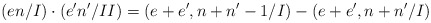
\begin{align*}(en/I)\cdot(e'n'/II)=(e+e',n+n'-1/I)-(e+e',n+n'/I)\end{align*}